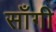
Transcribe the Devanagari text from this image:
साँगी